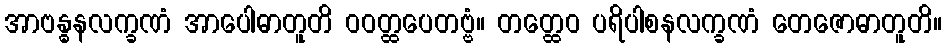
အာဗန္ဓနလက္ခဏံ အာပေါဓာတူတိ ဝဝတ္ထပေတဗ္ဗံ။ တတ္ထေဝ ပရိပါစနလက္ခဏံ တေဇောဓာတူတိ။